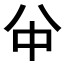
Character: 𠔈